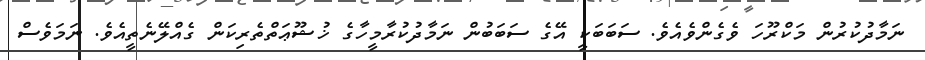
ނަމާދުކުރުން މަކްރޫހަ ވެގެންވެއެވެ. ސަބަބަކީ އޭގެ ސަބަބުން ނަމާދުކުރާމީހާގެ ޚުޝޫޢަތްތެރިކަން ގެއްލޭނެތީއެވެ. ނަމަވެސް